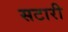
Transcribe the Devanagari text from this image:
सटारी